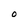
Character: O